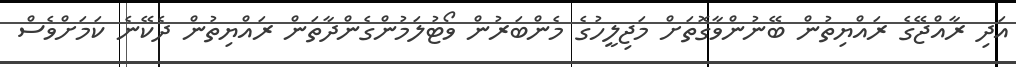
އަދި ރާއްޖޭގެ ރައްޔިތުން ބޭނުންވާގޮތަށް މަޖިލީހުގެ މެންބަރުން ވޯޓުލަމުންގެންދާތަން ރައްޔިތުން ދެކޭނެ ކަމަށްވެސް